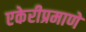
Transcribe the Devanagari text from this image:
एकेरीप्रमाणे